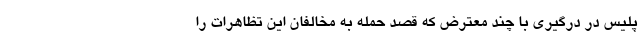
پلیس در درگیری با چند معترض که قصد حمله به مخالفان این تظاهرات را